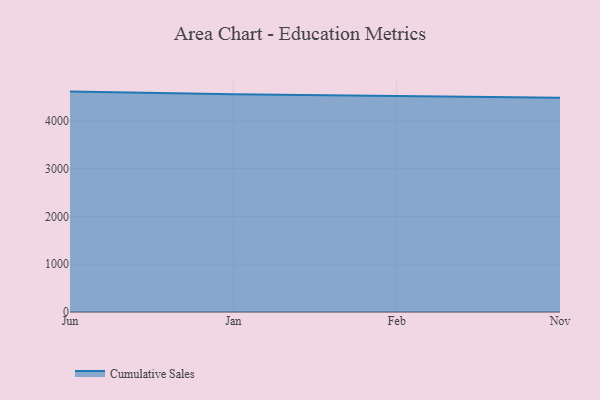
{"axis": {"x": "Month", "y": "Production Output"}, "legend": ["Cumulative Sales"], "data": [{"x": "Jun", "y": 4612.9, "type": "Cumulative Sales"}, {"x": "Jan", "y": 4556.9, "type": "Cumulative Sales"}, {"x": "Feb", "y": 4521.5, "type": "Cumulative Sales"}, {"x": "Nov", "y": 4484.4, "type": "Cumulative Sales"}]}